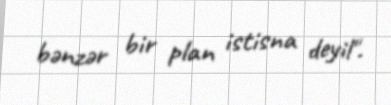
bənzər bir plan istisna deyil".